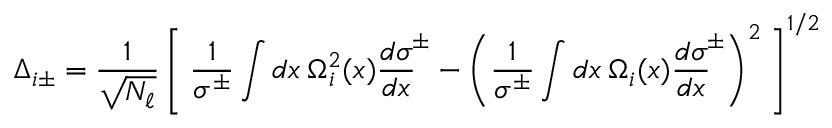
{ \mit \Delta } _ { i \pm } = \frac { 1 } { \sqrt { N _ { \ell } } } \left[ \: \frac { 1 } { \sigma ^ { \pm } } \int d x \: { \mit \Omega } _ { i } ^ { 2 } ( x ) { \frac { d \sigma } { d x } } ^ { \! \pm } - \left( \frac { 1 } { \sigma ^ { \pm } } \int d x \: { \mit \Omega } _ { i } ( x ) { \frac { d \sigma } { d x } } ^ { \! \pm } \right) ^ { 2 } \: \right] ^ { 1 / 2 }